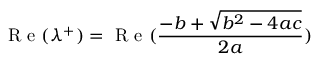
\mathrm { ~ R ~ e ~ } ( \lambda ^ { + } ) = \mathrm { ~ R ~ e ~ } ( \frac { - b + \sqrt { b ^ { 2 } - 4 a c } } { 2 a } )